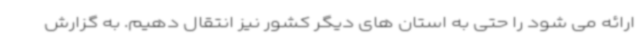
ارائه می شود را حتی به استان های دیگر کشور نیز انتقال دهیم. به گزارش